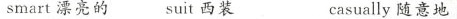
smart 漂亮的 suit 西装 casually随意地